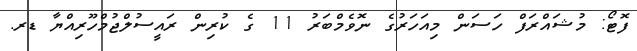
ފޮޓޯ: މުޝައްރަފް ހަސަން މިއަހަރުގެ ނޮވެމްބަރު 11 ގެ ކުރިން ރައީސުލްޖުމްހޫރިއްޔާ ޑރ.